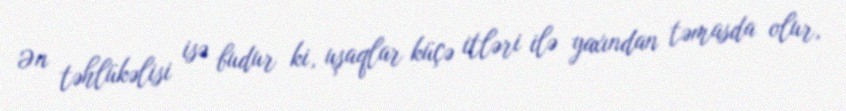
Ən təhlükəlisi isə budur ki, uşaqlar küçə itləri ilə yaxından təmasda olur,